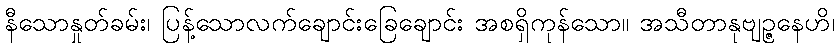
နီသောနှုတ်ခမ်း၊ ပြန့်သောလက်ချောင်းခြေချောင်း အစရှိကုန်သော။ အသီတာနုဗျဉ္ဇနေဟိ၊